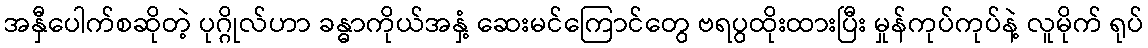
အနှီပေါက်စဆိုတဲ့ ပုဂ္ဂိုလ်ဟာ ခန္ဓာကိုယ်အနှံ့ ဆေးမင်ကြောင်တွေ ဗရပွထိုးထားပြီး မှုန်ကုပ်ကုပ်နဲ့ လူမိုက် ရုပ်